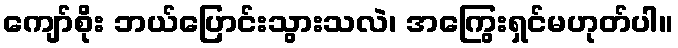
ကျော်စိုး ဘယ်ပြောင်းသွားသလဲ၊ အကြွေးရှင်မဟုတ်ပါ။